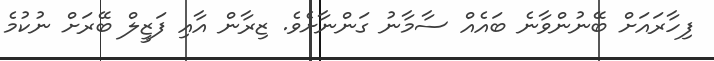
ފިހާރައަށް ބޭނުންވާނެ ބައެއް ސާމާނު ގަންނާށެވެ. ޒިރާން އާއި ފަޒީލް ބޭރަށް ނުކުމެ